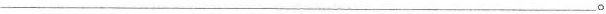
___。